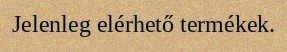
Jelenleg elérhető termékek.